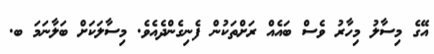
އޭގެ މިސާލު މިހާރު ވެސް ބައެއް ރަށްތަކުން ފެނިގެންދެއެވެ. މިސާލަކަށް ބަލާނަމަ ބ.